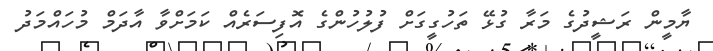
ޔާމީން ރަޝީދުގެ މަރާ ގުޅޭ ތަހުގީގަށް ފުލުހުންގެ އޮފިސަރެއް ކަމަށްވާ އާދަމް މުހައްމަދު